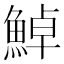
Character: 𩷹